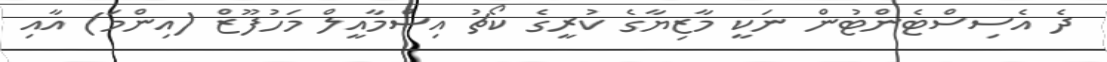
ދެ އެސިސްޓެންޓުން ނަކީ މާޒިޔާގެ ކުރީގެ ކޯޗު އިސްމާއީލް މަހުފޫޒް (އިންމަ) އާއި